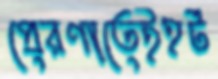
প্রেরণাতেইহর্ট